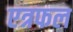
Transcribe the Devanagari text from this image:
एत्रफल